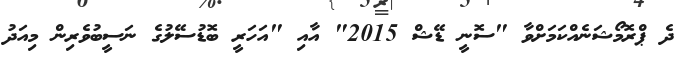
ދެ ޕްރޮމޯޝަނެއްކަމަށްވާ "ސޮނީ ޑޭޝް 2015" އާއި "އަހަރީ ބޮޑުސޭލުގެ ނަސީބުވެރިން މިއަދު